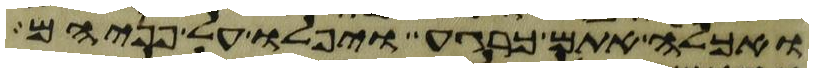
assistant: ואכלה אתם כרגע ויפלו על פניהם